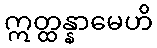
ဣတ္ထန္နာမေဟိ